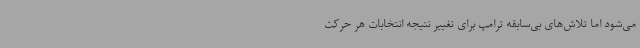
می‌شود اما تلاش‌های بی‌سابقه ترامپ برای تغییر نتیجه انتخابات هر حرکت